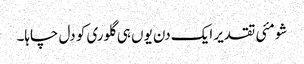
شومئی تقدیر ایک دن یوں ہی گلوری کو دل چاہا۔